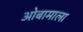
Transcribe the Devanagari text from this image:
ओबामाला